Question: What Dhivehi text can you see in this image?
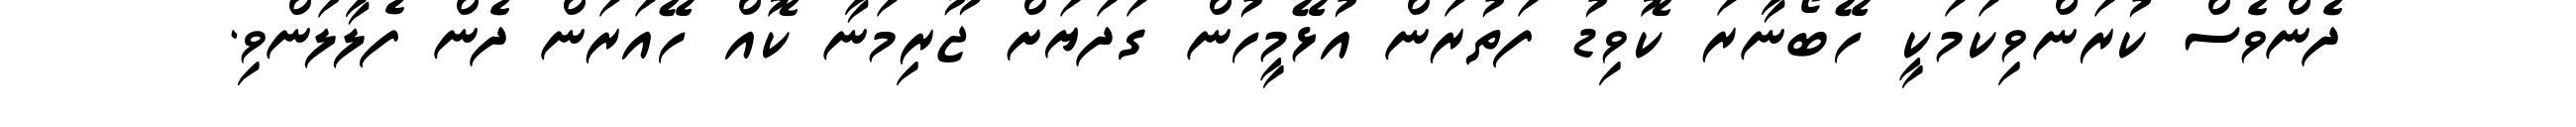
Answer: ދެންވެސް ކުރަންވިކަމަކީ ހޭބޯނާރަ ކޮވިޑު ފަތުރަން އުޅޭމީހުން ގަދަޔަށް ޖޫރިމަނާ ކޮއް ހޭއަރަން ދެން ފެލާލަންވި.